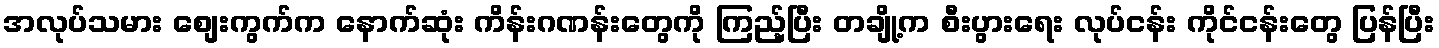
အလုပ်သမား စျေးကွက်က နောက်ဆုံး ကိန်းဂဏန်းတွေကို ကြည့်ပြီး တချို့က စီးပွားရေး လုပ်ငန်း ကိုင်ငန်းတွေ ပြန်ပြီး